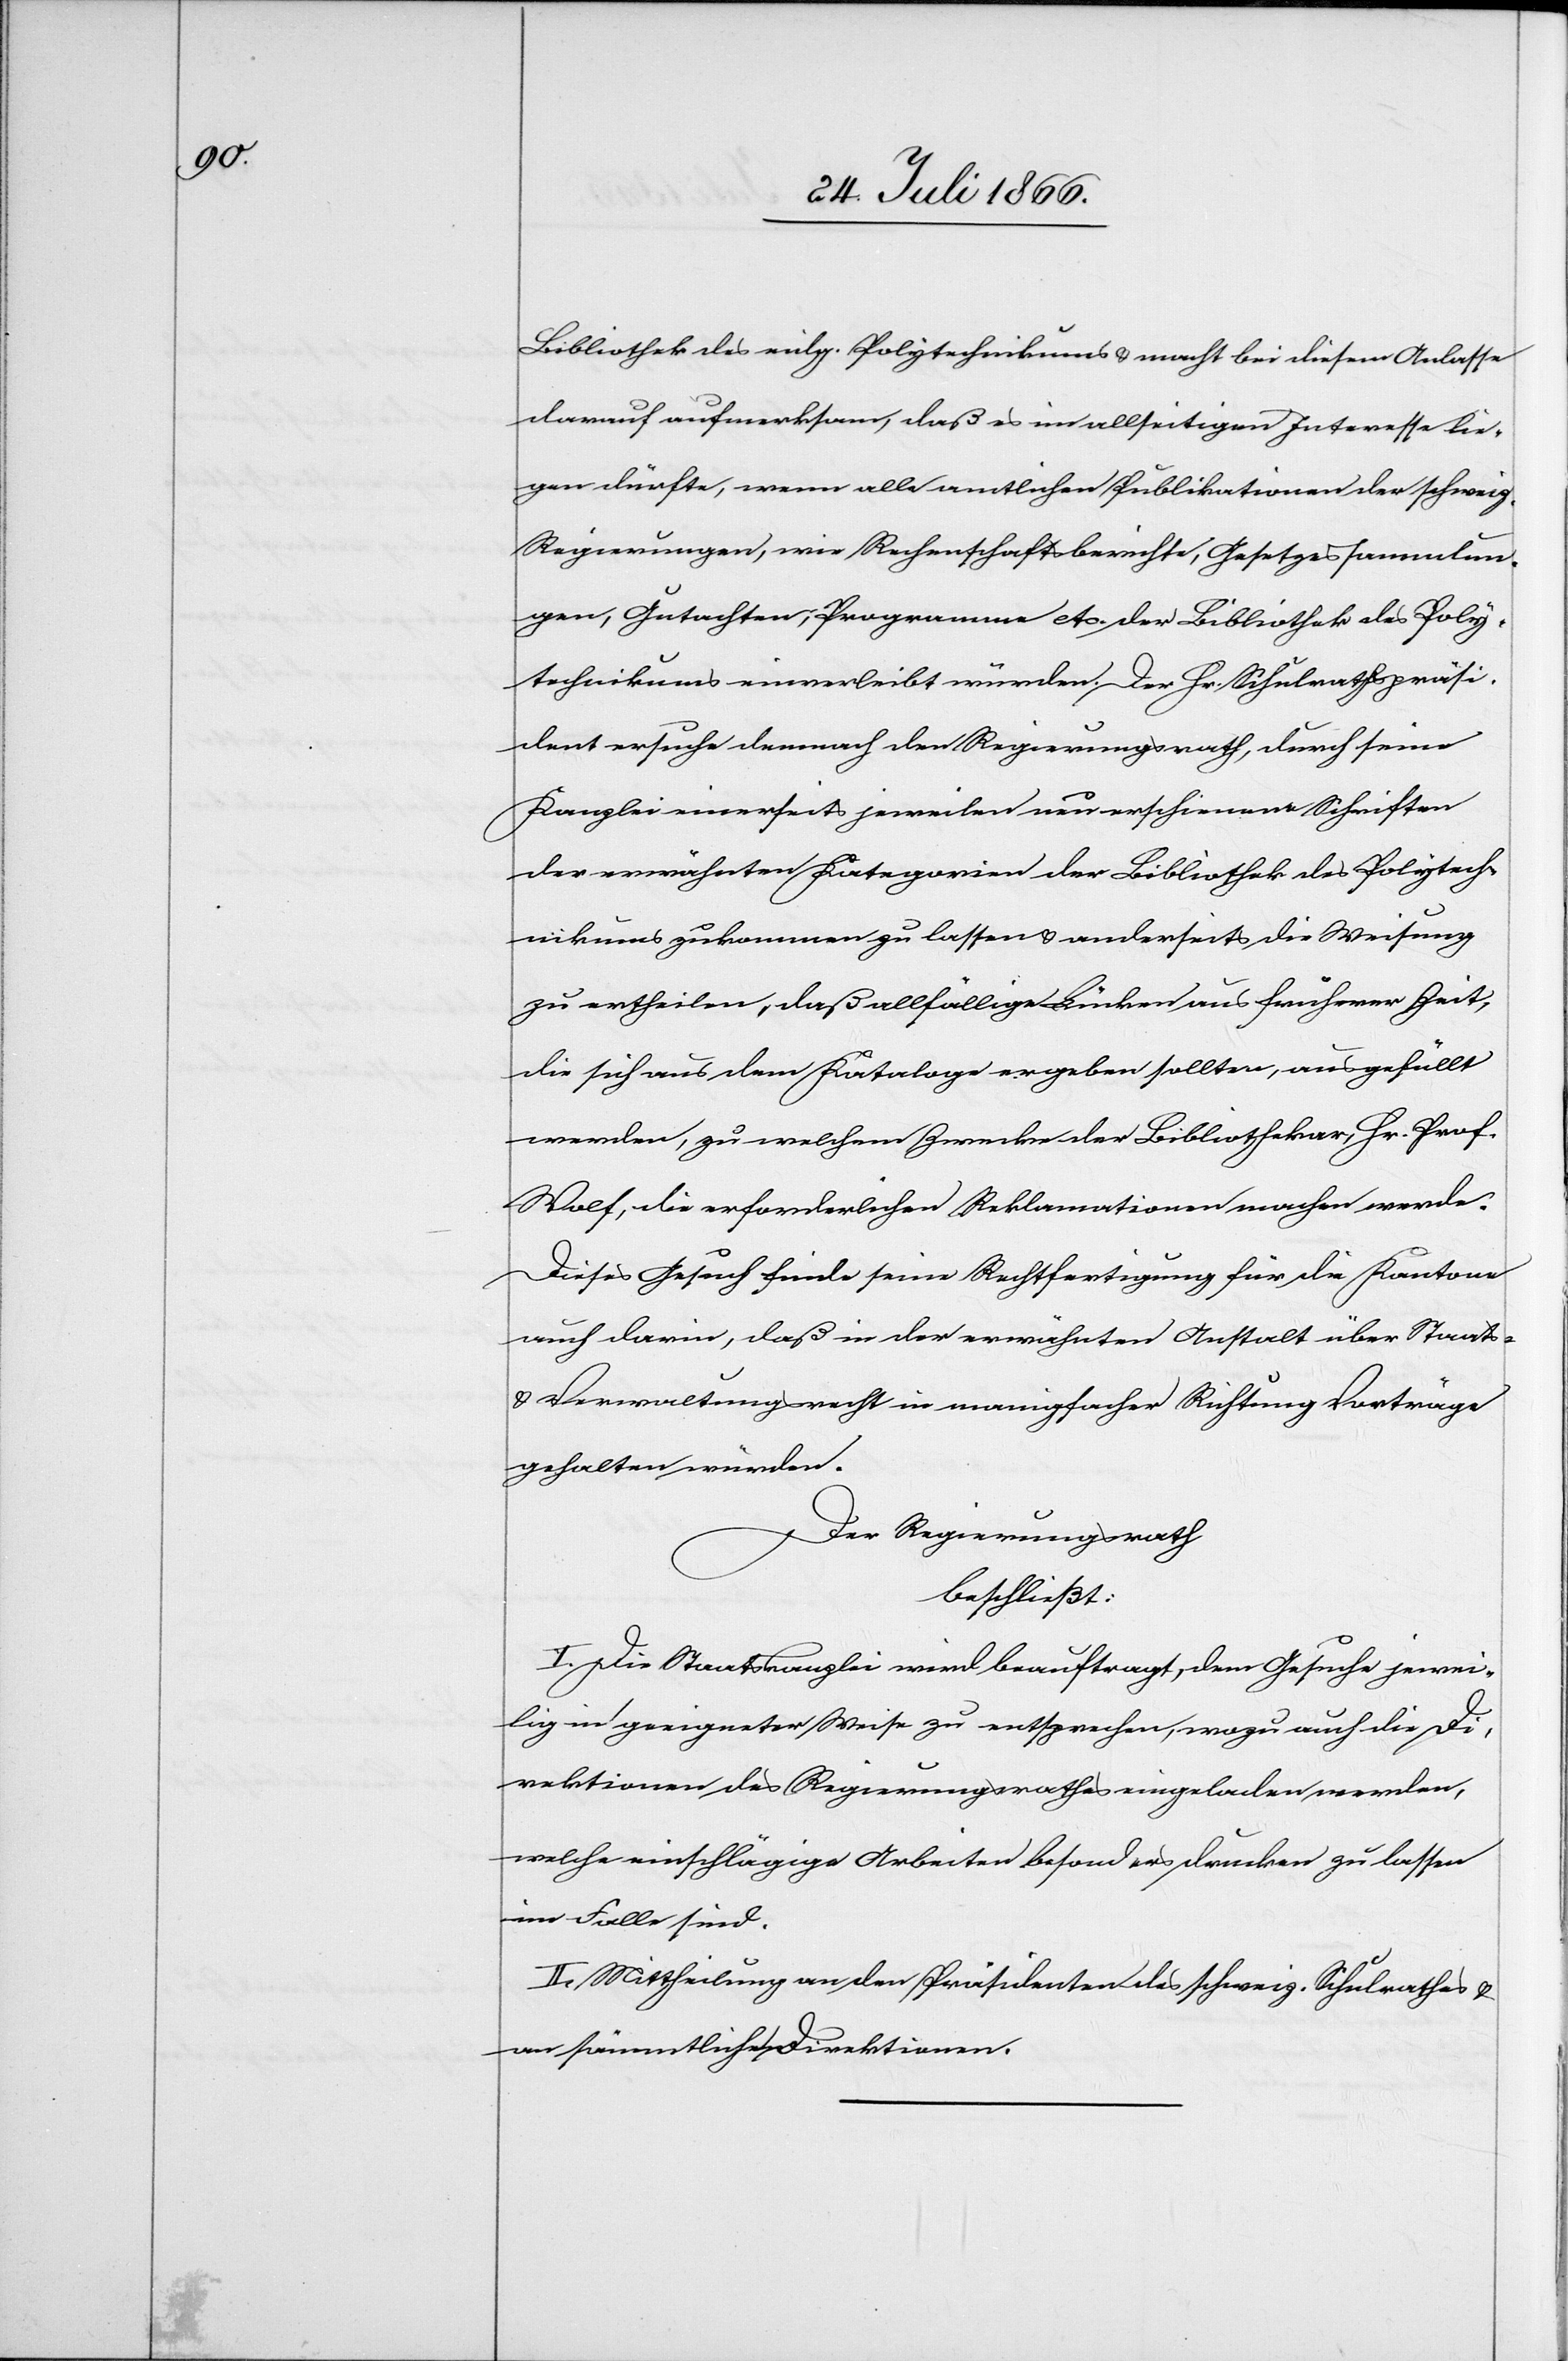
Bibliothek des eidg. Polytechnikums u. macht bei diesem Anlasse
darauf aufmerksam, daß es im allseitigen Interesse lie¬
gen dürfte, wenn alle amtlichen Publikationen der schweiz.
Regierungen, wie Rechenschaftsberichte, Gesetzessammlun¬
gen, Gutachten, Programm etc. der Bibliothek des Poly¬
technikums einverleibt würden. Der Hr. Schulrathspräsi¬
dent ersuche demnach den Regierungsrath, durch seine
Kanzlei einerseits jeweilen neu erschienene Schriften
der erwähnten Kategorien der Bibliothek des Polytech¬
nikums zukommen zu lassen u. anderseits die Weisung
zu ertheilen, daß allfällige Lücken aus früherer Zeit,
die sich aus den Katalogen ergeben sollten, ausgefüllt
werden, zu welchem Zwecke der Bibliothekar, Hr. Prof.
Wolf, die erforderlichen Reklamationen machen werde.
Dieses Gesuch finde seine Rechtfertigung für die Kantone
auch darin, daß in der erwähnten Anstalt über Staats-
u. Verwaltungsrecht in mannigfacher Richtung Vorträge
gehalten würden.
Der Regierungsrath,
beschließt:
I. Die Staatskanzlei wird beauftragt, dem Gesuche jewei¬
lig in geeigneter Weise zu entsprechen, wozu auch die Di¬
rektionen des Regierungsrathes eingeladen werden,
welche einschlägige Arbeiten besonders drucken zu lassen
im Falle sind.
II. Mittheilung an den Präsidenten des schweiz. Schulrathes u.
an sämmtliche Direktionen.